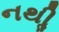
નથીૢ